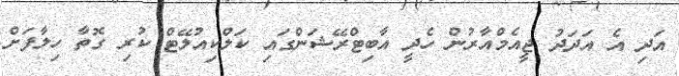
އަދި އެ އަދަދު ޖީއެމްއާރުން ހެދީ އާބިޓްރޭޝަންގައި ކަލްކިއުލޭޓް ކުރި ގޮތާ ހިލާފަށް